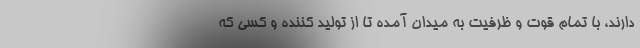
دارند، با تمام قوت و ظرفیت به میدان آمده تا از تولید کننده و کسی که